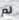
لم